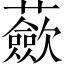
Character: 蘝